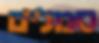
סמלים